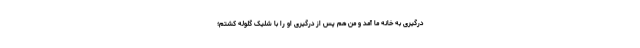
درگیری به خانه ما آمد و من هم پس از درگیری او را با شلیک گلوله کشتم؛